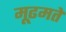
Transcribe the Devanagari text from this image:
मूढमते